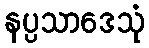
နပ္ပသာဒေသုံ